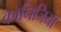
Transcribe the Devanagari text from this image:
कानिजिया